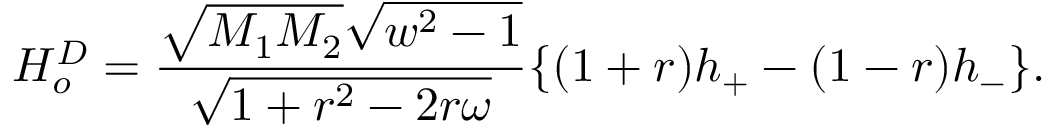
H _ { o } ^ { D } = \frac { \sqrt { M _ { 1 } M _ { 2 } } \sqrt { w ^ { 2 } - 1 } } { \sqrt { 1 + r ^ { 2 } - 2 r \omega } } \{ ( 1 + r ) h _ { + } - ( 1 - r ) h _ { - } \} .